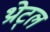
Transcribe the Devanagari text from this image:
थ्रोट्ल